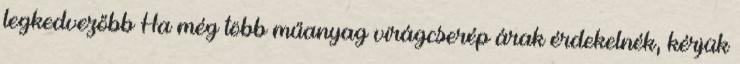
legkedvezőbb Ha még több műanyag virágcserép árak érdekelnék, kérjük